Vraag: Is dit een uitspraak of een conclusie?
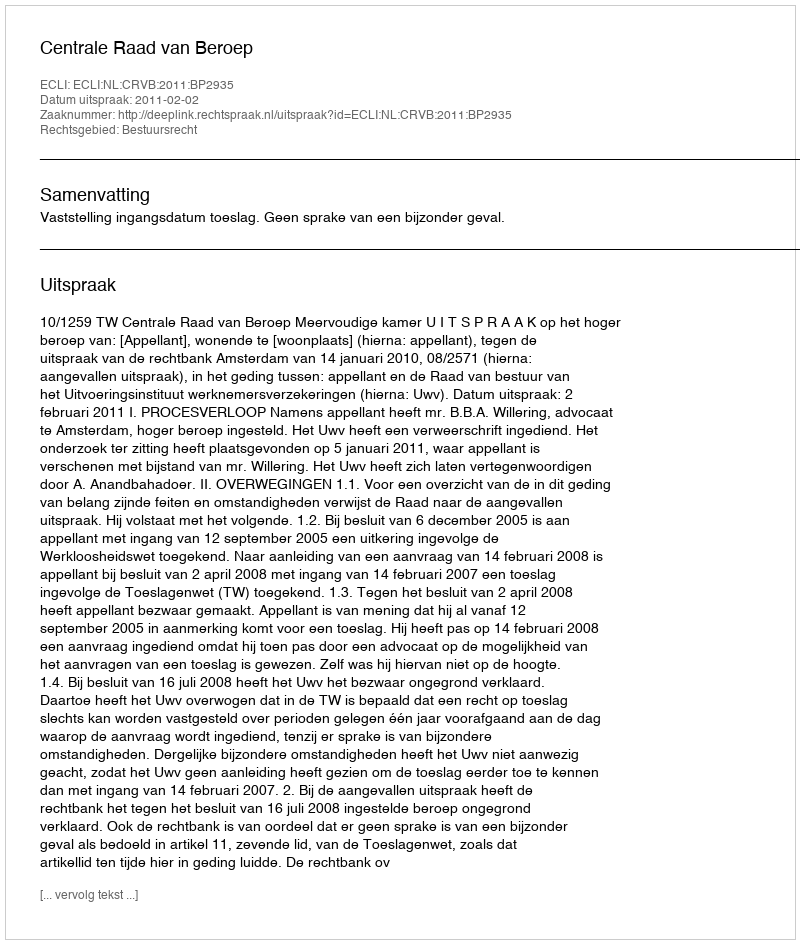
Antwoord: Uitspraak